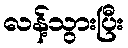
လန့်သွားပြီး